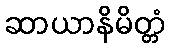
ဆာယာနိမိတ္တံ